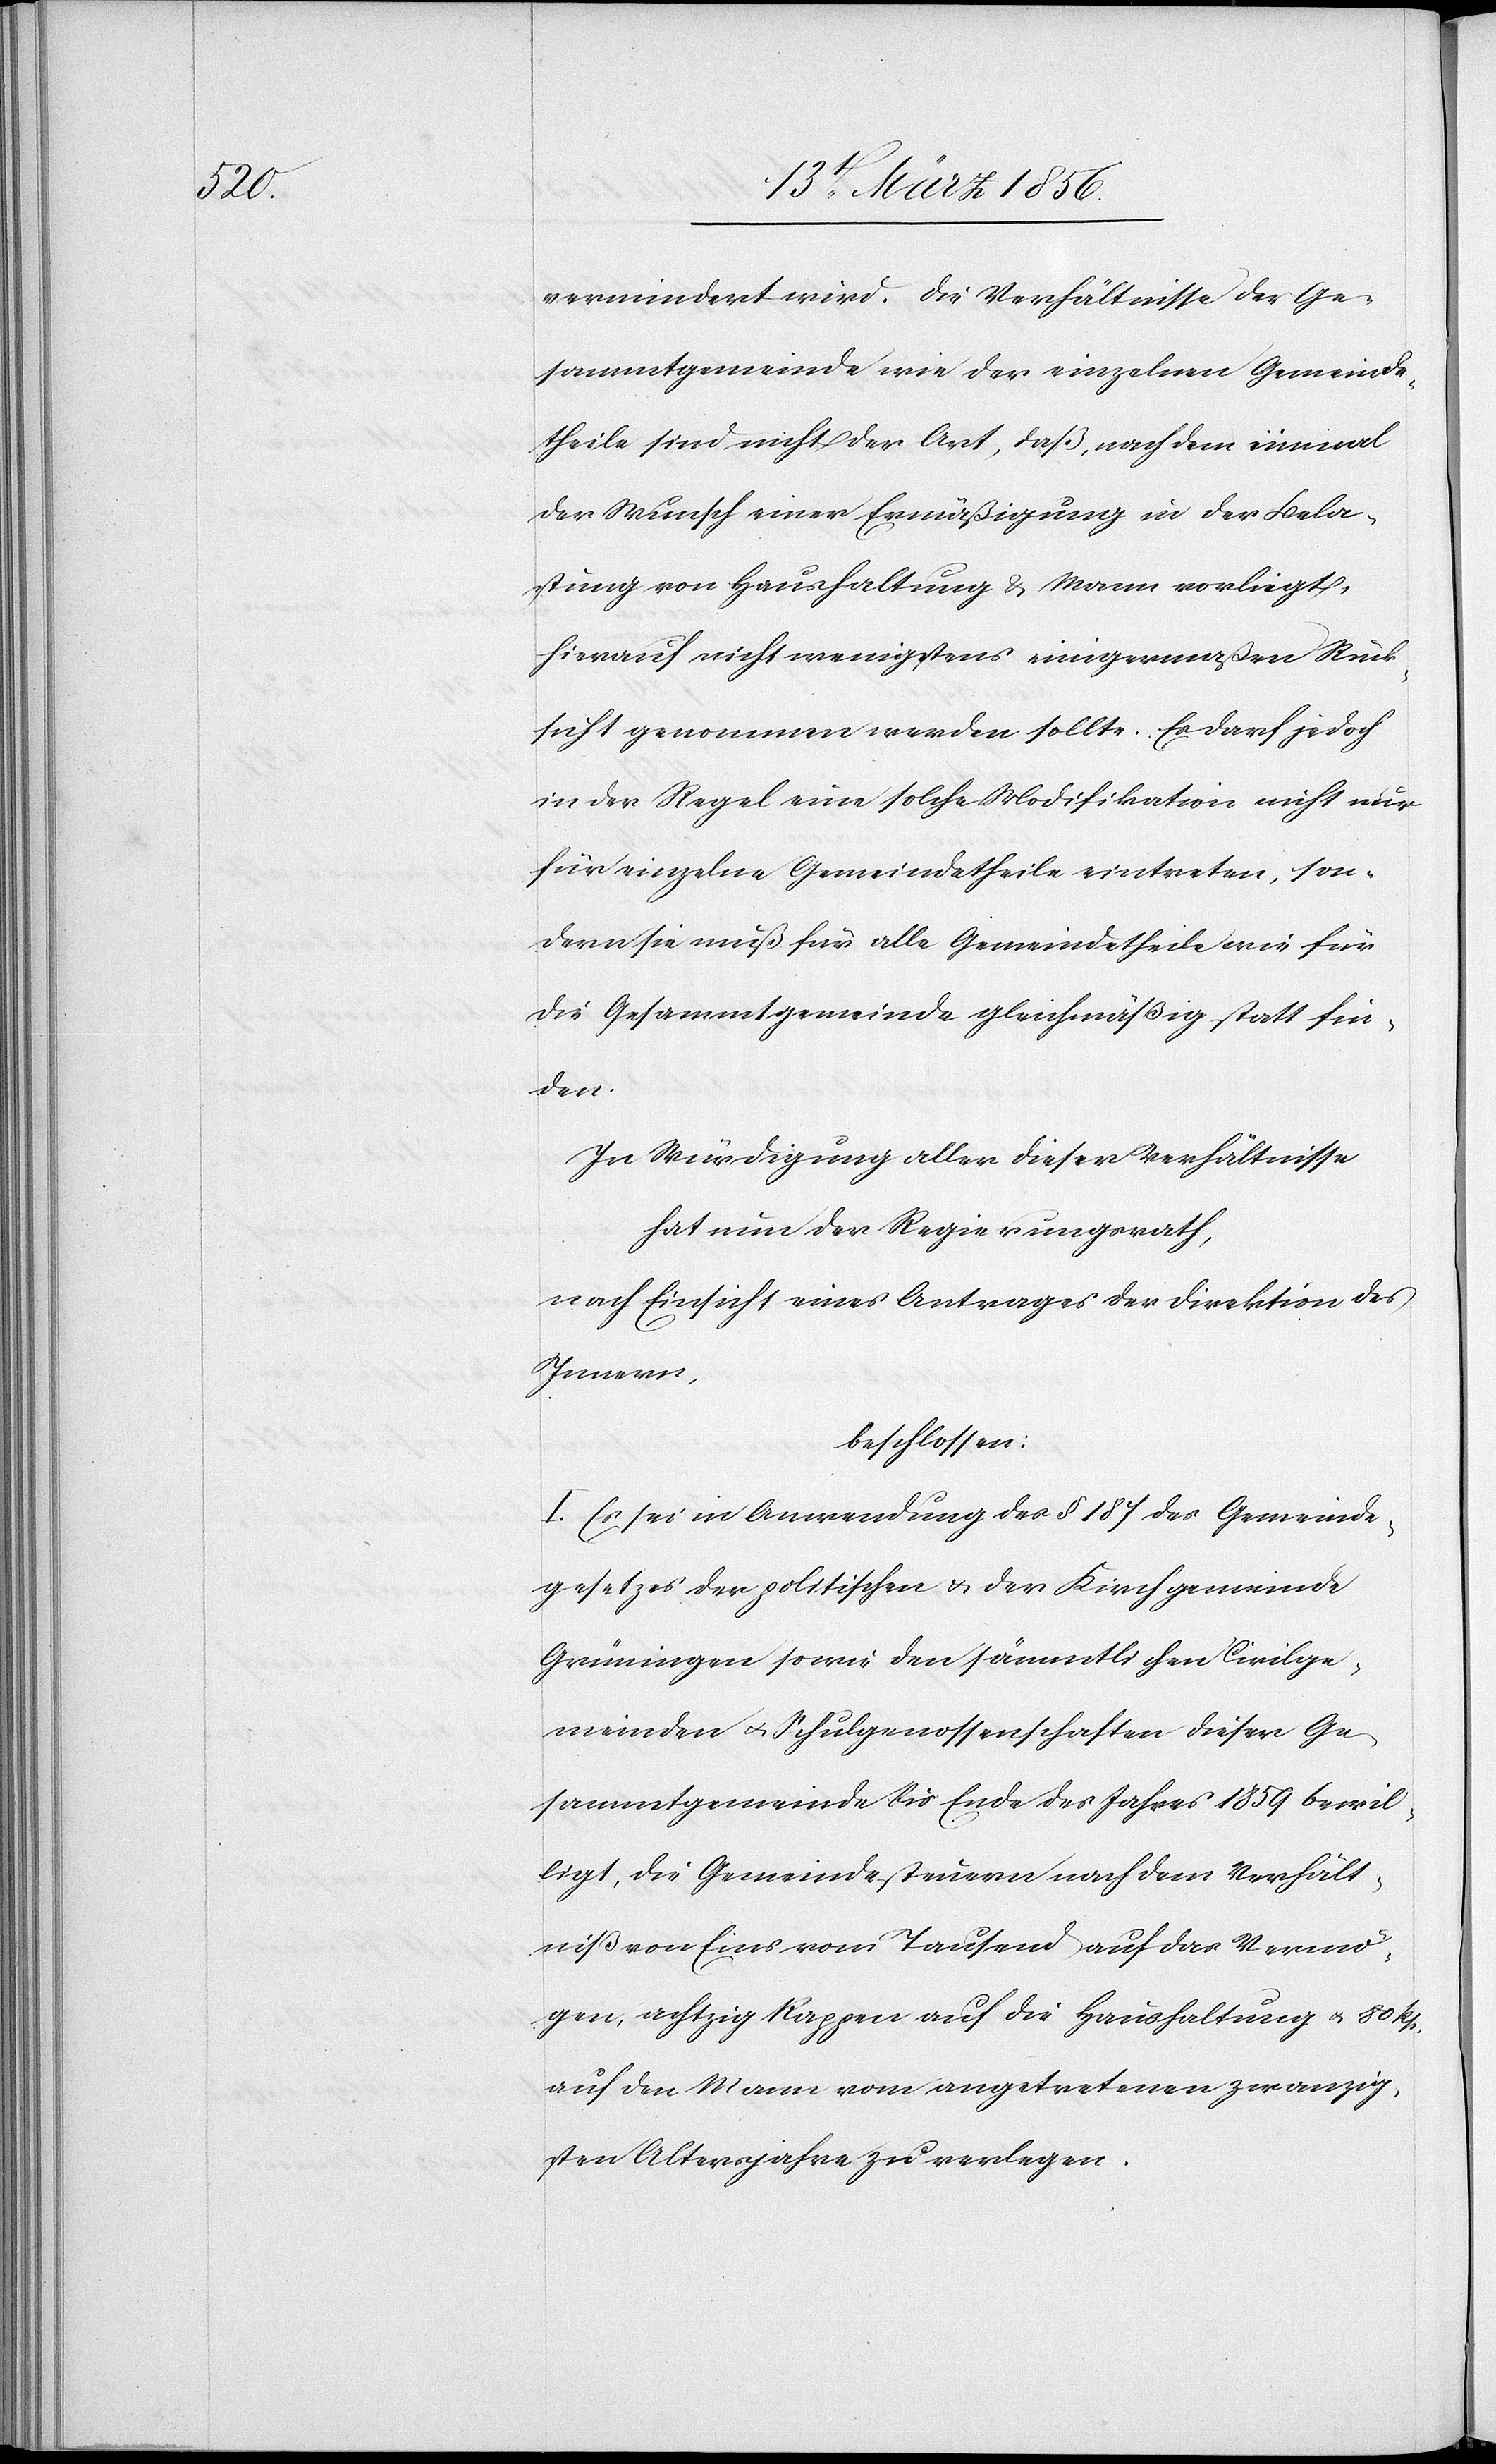
vermindert wird. Die Verhältnisse der Ge¬
sammtgemeinde wie der einzelnen Gemeinde¬
theile sind nicht der Art, daß, nachdem einmal
der Wunsch einer Ermäßigung in der Bela¬
stung von Haushaltung & Mann vorliegt,
hierauf nicht wenigstens einigermaßen Rück¬
sicht genommen werden sollte. Es darf jedoch
in der Regel eine solche Modifikation nicht nur
für einzelne Gemeindetheile eintreten, son¬
dern sie muß für alle Gemeindetheile wie für
die Gesammtgemeinde gleichmäßig statt fin¬
den.
In Würdigung aller dieser Verhältnisse
hat nun der Regierungsrath,
nach Einsicht eines Antrages der Direktion des
Innern,
beschlossen:
I. Es sei in Anwendung des § 187 des Gemeinde¬
gesetzes der politischen & der Kirchgemeinde
Grüningen sowie den sämmtlichen Civilge¬
meinden u. Schulgenossenschaften dieser Ge¬
sammtgemeinde bis Ende des Jahres 1859 bewil¬
ligt, die Gemeindesteuern nach dem Verhält¬
niß von Eins vom Tausend auf das Vermö¬
gen, achtzig Rappen auf die Haushaltung u. 80 Rp.
auf den Mann vom angetretenen zwanzig¬
sten Altersjahre zu verlegen.